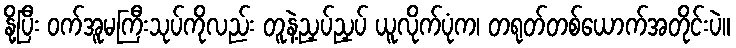
နို့ပြီး ဝက်အူမကြီးသုပ်ကိုလည်း တူနဲ့ညှပ်ညှပ် ယူလိုက်ပုံက၊ တရုတ်တစ်ယောက်အတိုင်းပဲ။